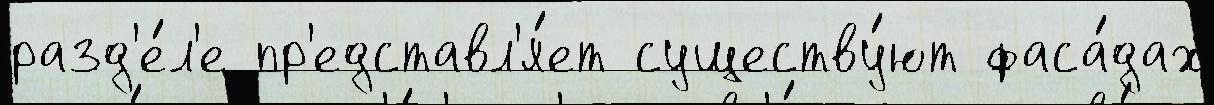
разд'е́л'е пр'едставл'я́ет существу́ют фаса́дах